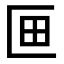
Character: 𭅗